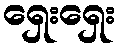
ရှေးရှေး